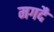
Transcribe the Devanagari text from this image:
मगदै